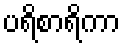
ပရိစာရိကာ